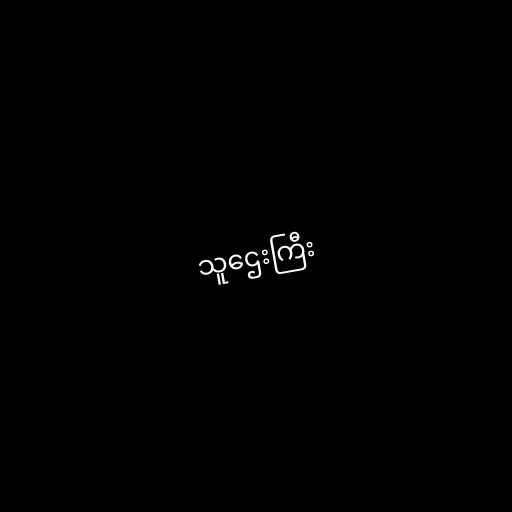
သူဌေးကြီး